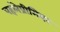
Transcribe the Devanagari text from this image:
पहलेप्रीमियर